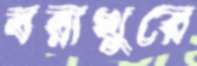
বরাখুরে